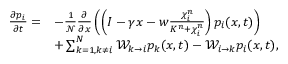
\begin{array} { r l } { \frac { \partial p _ { i } } { \partial t } = } & { - \frac { 1 } { \mathcal { N } } \frac { \partial } { \partial x } \left( \left( I - \gamma x - w \frac { \chi _ { i } ^ { n } } { K ^ { n } + \chi _ { i } ^ { n } } \right) p _ { i } ( x , t ) \right) } \\ & { + \sum _ { k = 1 , k \neq i } ^ { N } \mathcal { W } _ { k \to i } p _ { k } ( x , t ) - \mathcal { W } _ { i \to k } p _ { i } ( x , t ) , } \end{array}